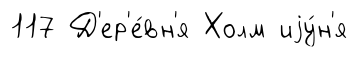
117 Д'ер'е́вн'я Холм иjу́н'я